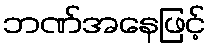
ဘဏ်အနေဖြင့်